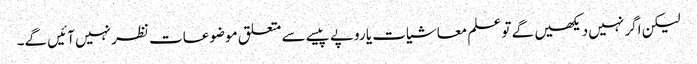
لیکن اگر نہیں دیکھیں گے تو علم معاشیات یا روپے پیسے سے متعلق موضوعات نظر نہیں آئیں گے۔